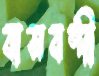
বাসবন্দী